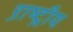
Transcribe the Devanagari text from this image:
ऱाष्ट्रीय